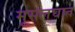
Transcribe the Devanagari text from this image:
मूसलघात